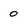
Character: o